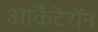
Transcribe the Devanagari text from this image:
आर्केंटेरॉन